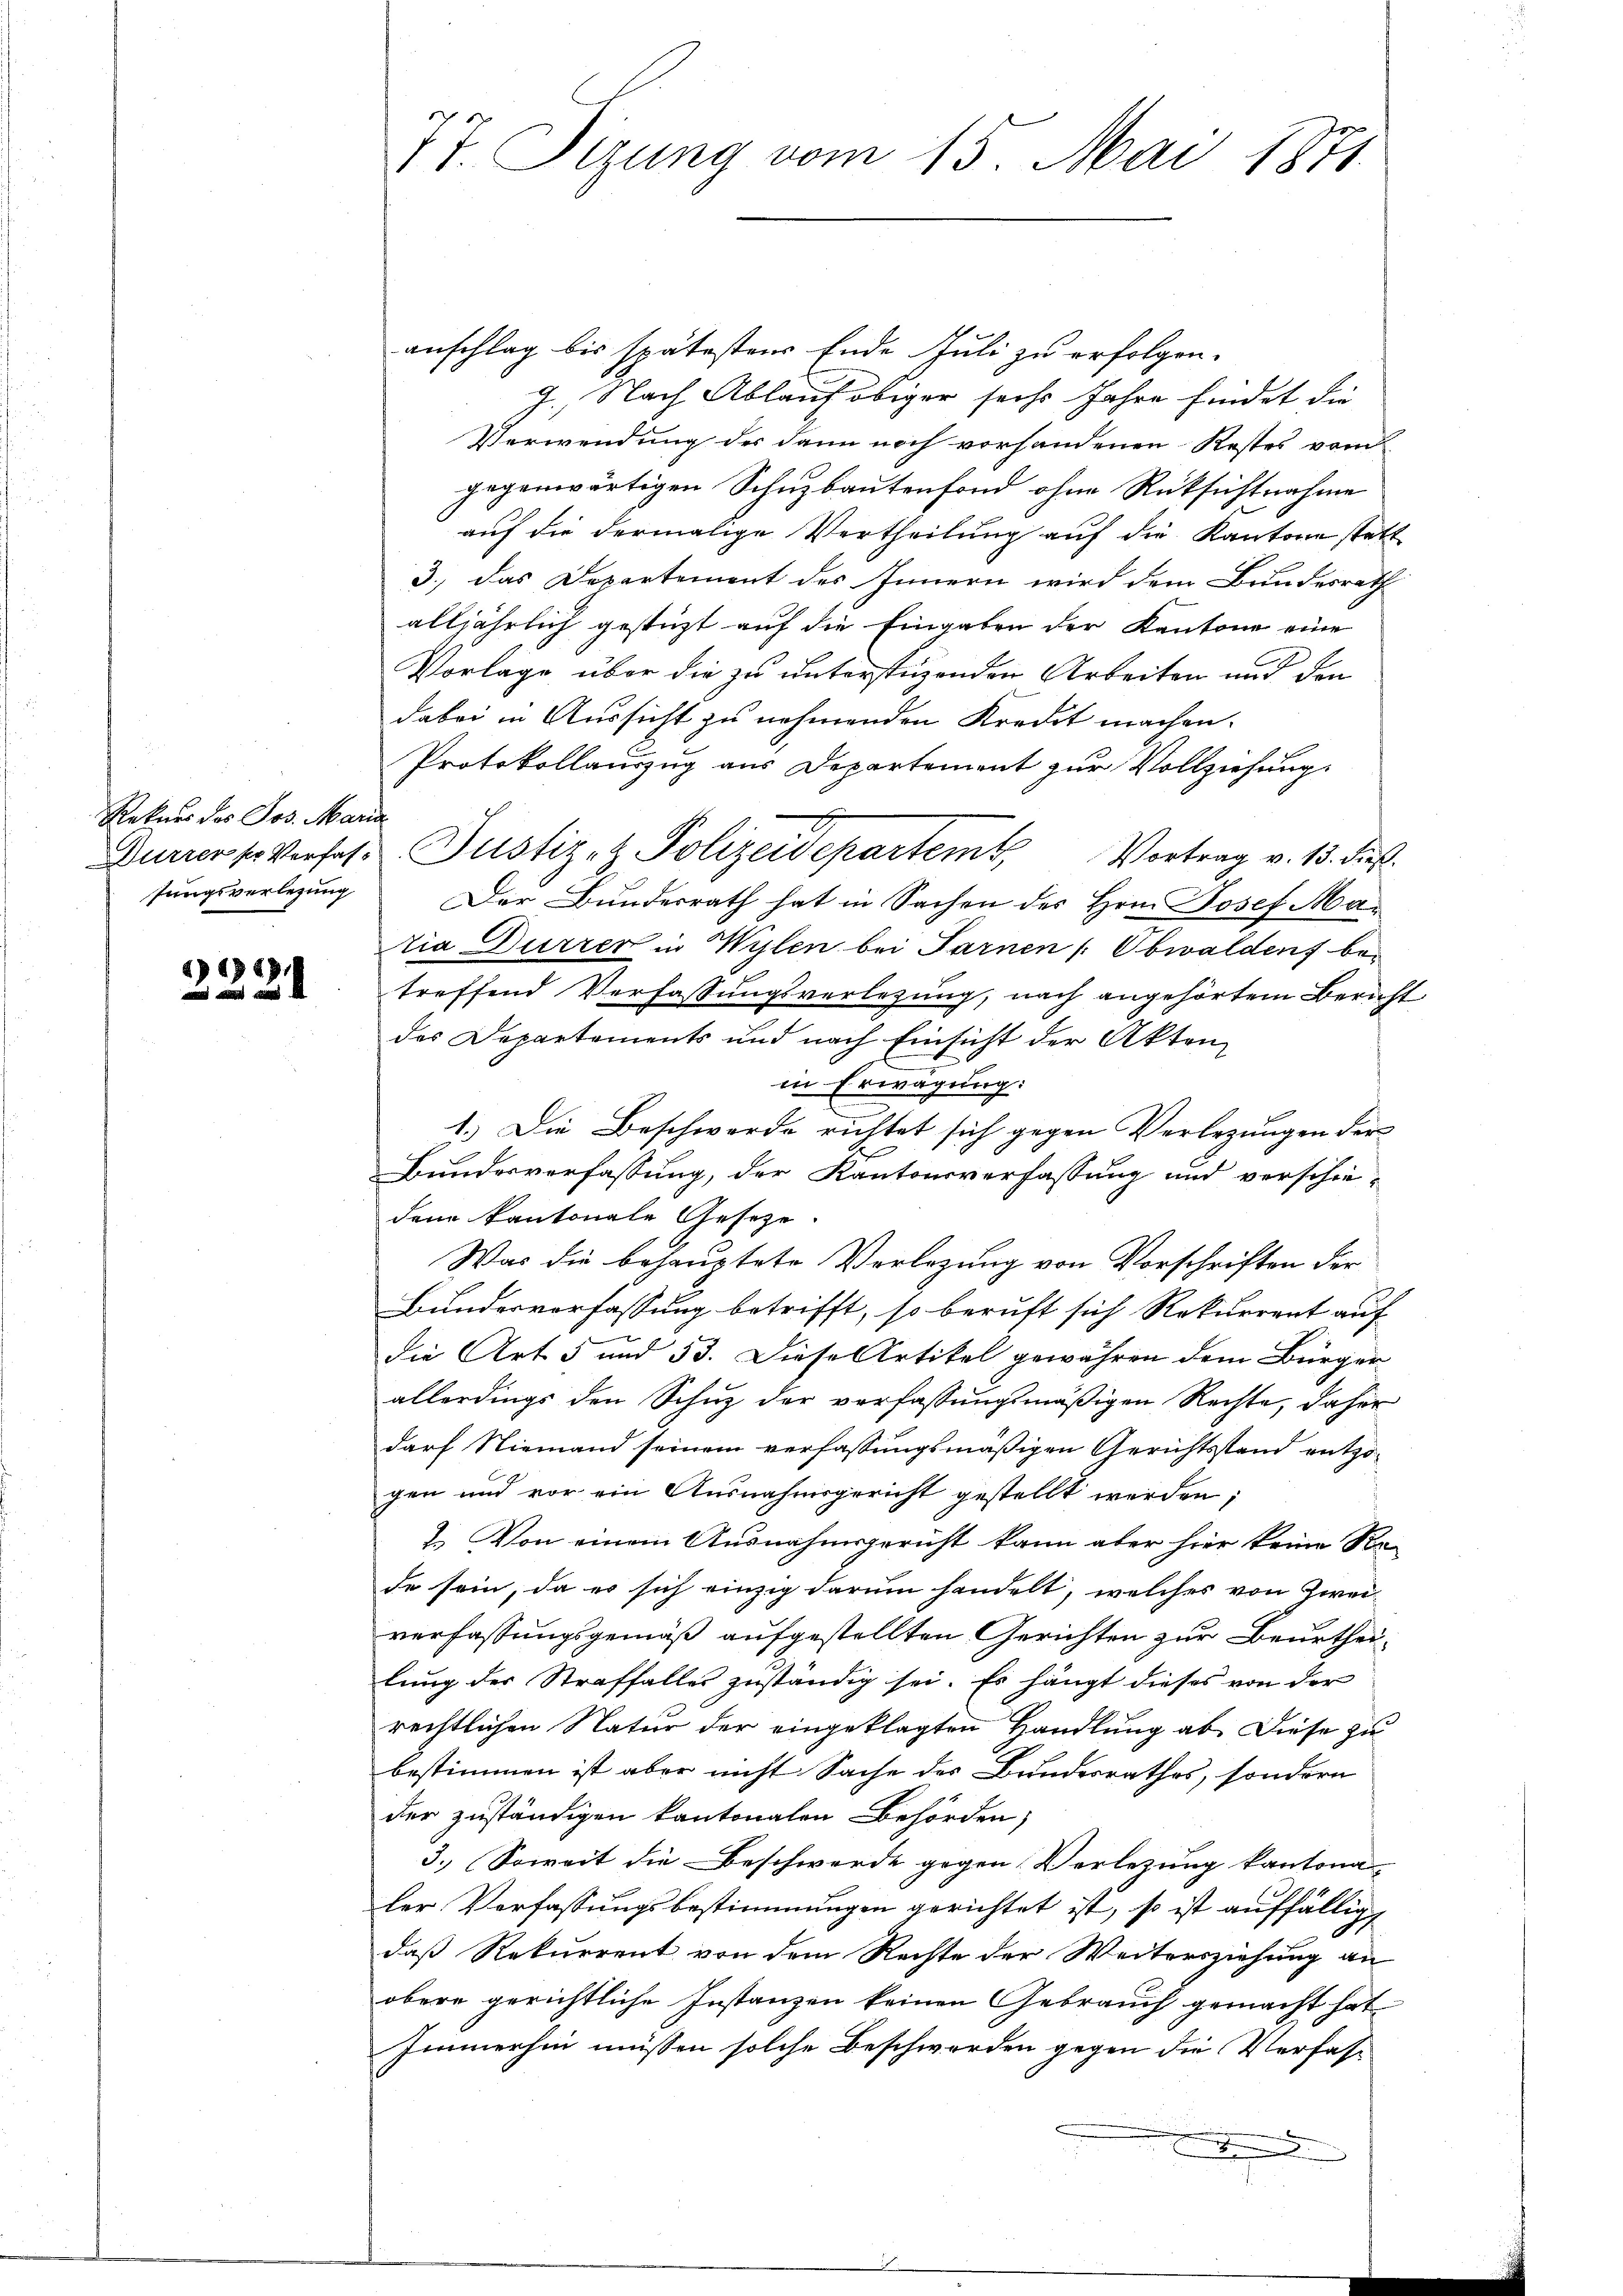
Rekurs des Jos. Maria
sungsverlegung

2) 1919.
2

77. Sizung vom 15. Mai 1871

anschlag bis spätestens Ende Juli zu erfolgen.
7., Nach Ablauf obiger sechs Jahre findet die
Verwendung der dann noch vorhandenen Restes vom
gegenwärtigen Schuzbautenfond ohne Rücksichtnahme
auf die dermalige Vertheilung auf die Kantone stett
3., das Departement des Innern wird dem Bundesrath
alljährlich gestüzt auf die Eingaben der Kantone eine
Vorlage über die zu unterstüzenden Arbeiten und den
dabei in Aussicht zu nehmenden Kredit machen.
Protokollauszug aus Departement zur Vollziehung
Der Bundesrath hat in Sachen des Hrn. Josef Mar
ria Dürrer in Wylen bei Farnen (Obwalden betreffend Verfassungsverlesung, nach angehörtem Bericht
des Departements und nach Einsicht der Akten
in Erwägung:
1.) Die Beschwerde richtet sich gegen Verlegungen der
Bundesverfassung, der Kantonsverfassung und verschie-
dene kantonale Gesetze.
Was die behauptete Verlegung von Vorschriften der
Bundesverfassung betrifft, so beruft sich Rekurrent aufdie Art. 5 und 53. Diese Artikel gewähren dem Bürger
allerdings den Schuz der verfassungsmäßigen Rechte, daher
darf Niemand seinem verfassungsmäßigen Gerichtsstand entzo-
gen und vor ein Ausnahmsgericht gestellt werden;
1. Von einem Ausnahmsgericht kann aber hier keine Na-
de sein, da es sich einzig darum handelt, welches von Zweiverfassungsgemäß aufgestellten Gerichten zur Beurtheilung des Straffalles zuständig sei. Es hängt dieses von der
rechtlichen Natur der eingeklagten Handlung ab. Diese zu
bestimmen ist aber nicht Sache des Bundesrathes, sondern
der zuständigen kantonalen Behörden,
3.) Soweit die Beschwerde gegen Verletzung kantona
ler Verfassungsbestimmungen gerichtet ist, so ist auffälligt
daß Rekurrent von dem Rechte der Weitersziehung an
obere gerichtliche Instanzen keinen Gebrauch gemacht hat
Immerhin müssen solche Beschwerden gegen die Verfas¬
.

Duriers Vorfes Justiz- & Polizeidepartem Vortrag v. 13. ds.